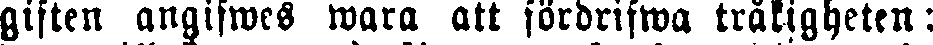
giften angifwes wara att fördrifwa tråkigheten: